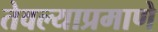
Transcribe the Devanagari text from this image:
तेवल्याप्रमाणे